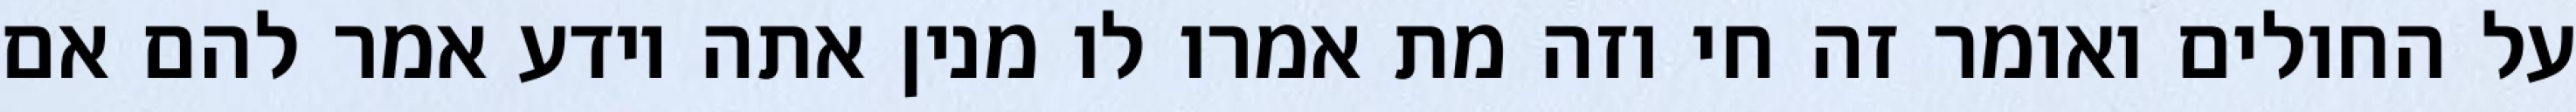
על החולים ואומר זה חי וזה מת אמרו לו מנין אתה יודע אמר להם אם